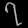
Digit: ၇